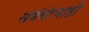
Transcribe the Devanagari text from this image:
संबंधांचाही